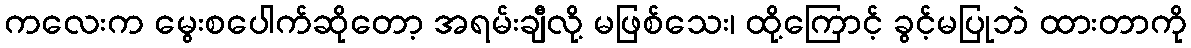
ကလေးက မွေးစပေါက်ဆိုတော့ အရမ်းချီလို့ မဖြစ်သေး၊ ထို့ကြောင့် ခွင့်မပြုဘဲ ထားတာကို